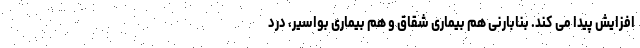
افزایش پیدا می کند. بنابارنی هم بیماری شقاق و هم بیماری بواسیر، درد